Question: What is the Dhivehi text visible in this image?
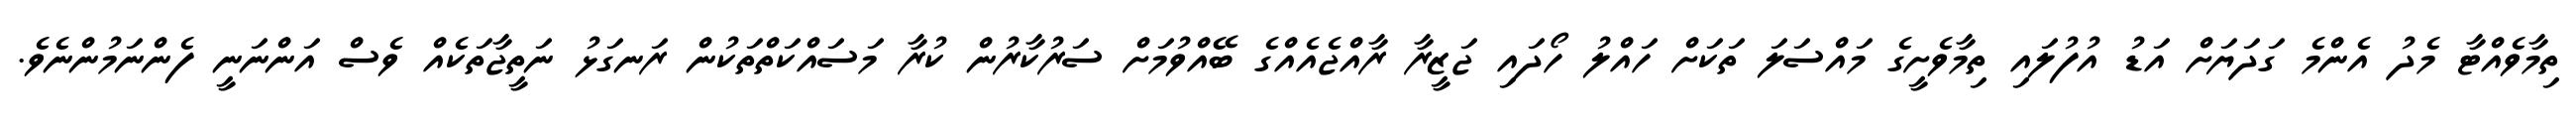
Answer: ތިމާވެއްޓާ މެދު އެންމެ ގަދަޔަށް އަޑު އުފުލައި ތިމާވެށީގެ މައްސަލަ ތަކަށް ހައްލު ހޯދައި ޖަޒީރާ ރާއްޖެއެއްގެ ބޭއްވުމަށް ސަރުކާރުން ކުރާ މަސައްކަތްތަކުން ރަނގަޅު ނަތީޖާތަކެއް ވެސް އަންނަނީ ފެންނަމުންނެވެ.